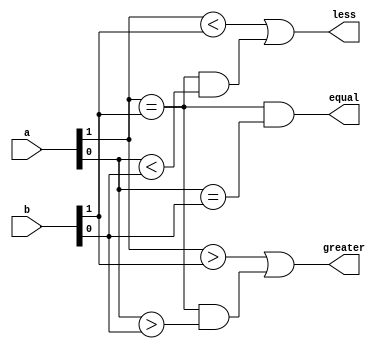
module two_bit_comparator(
    input [1:0] a,
    input [1:0] b,
    output equal,
    output greater,
    output less
);

wire eq1, eq2, gt1, gt2, lt1, lt2;

assign eq1 = (a[1] == b[1]);
assign eq2 = (a[0] == b[0]);

assign gt1 = (a[1] > b[1]);
assign gt2 = (a[0] > b[0]);

assign lt1 = (a[1] < b[1]);
assign lt2 = (a[0] < b[0]);

assign equal = (eq1 && eq2);
assign greater = (gt1 || (eq1 && gt2));
assign less = (lt1 || (eq1 && lt2));

endmodule